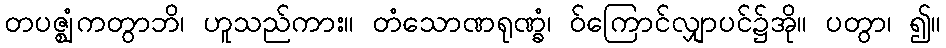
တပဇ္ဈံကတွာဘိ၊ ဟူသည်ကား။ တံသောဏရုဏ္ခံ၊ ဝ်ကြောင်လျှာပင်၌အို။ ပတွာ၊ ၍။